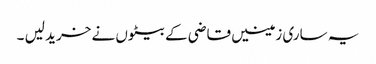
یہ ساری زمینیں قاضی کے بیٹوں نے خرید لیں ۔